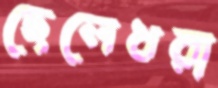
ছেলেধরা